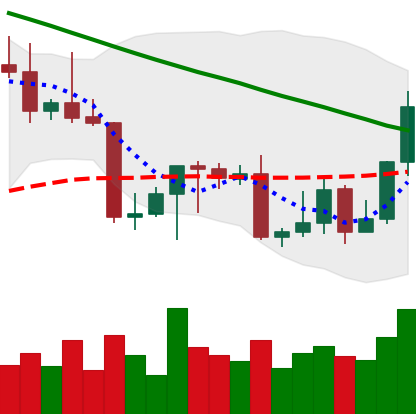
Ticker: LTC-USD
Chart end date: 2022-09-02
Forward return: -5.939%
Label: down_5_7